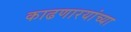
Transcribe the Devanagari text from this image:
काढणारयांच्या